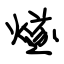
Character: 燧